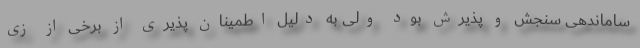
ساماندهی سنجش و پذیرش بود ولی به دلیل اطمینان پذیری از برخی از زی